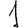
Digit: 1